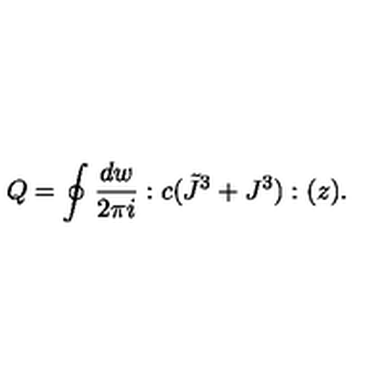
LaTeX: Q = \oint { \frac { d w } { 2 \pi i } } : c ( \tilde { J } ^ { 3 } + J ^ { 3 } ) : ( z ) .